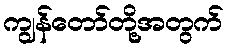
ကျွန်တော်တို့အတွက်